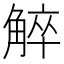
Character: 䚝